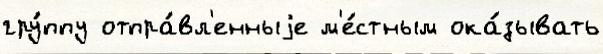
гру́ппу отпра́вл'енныjе м'е́стным ока́зывать